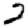
Digit: 2